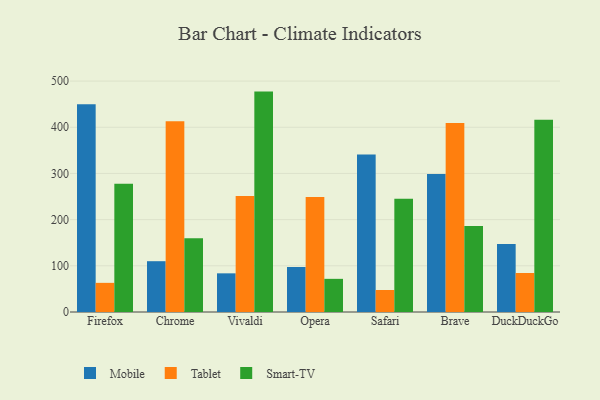
{"axis": {"x": "Browser", "y": "Net Income (USD K)"}, "legend": ["Mobile", "Smart-TV", "Tablet"], "data": [{"x": "Firefox", "y": 449.7, "type": "Mobile"}, {"x": "Firefox", "y": 63.1, "type": "Tablet"}, {"x": "Firefox", "y": 277.9, "type": "Smart-TV"}, {"x": "Chrome", "y": 110.0, "type": "Mobile"}, {"x": "Chrome", "y": 413.1, "type": "Tablet"}, {"x": "Chrome", "y": 159.8, "type": "Smart-TV"}, {"x": "Vivaldi", "y": 83.7, "type": "Mobile"}, {"x": "Vivaldi", "y": 251.2, "type": "Tablet"}, {"x": "Vivaldi", "y": 477.2, "type": "Smart-TV"}, {"x": "Opera", "y": 97.5, "type": "Mobile"}, {"x": "Opera", "y": 249.0, "type": "Tablet"}, {"x": "Opera", "y": 71.8, "type": "Smart-TV"}, {"x": "Safari", "y": 341.0, "type": "Mobile"}, {"x": "Safari", "y": 47.7, "type": "Tablet"}, {"x": "Safari", "y": 245.4, "type": "Smart-TV"}, {"x": "Brave", "y": 298.6, "type": "Mobile"}, {"x": "Brave", "y": 409.1, "type": "Tablet"}, {"x": "Brave", "y": 186.2, "type": "Smart-TV"}, {"x": "DuckDuckGo", "y": 147.0, "type": "Mobile"}, {"x": "DuckDuckGo", "y": 84.5, "type": "Tablet"}, {"x": "DuckDuckGo", "y": 416.5, "type": "Smart-TV"}]}